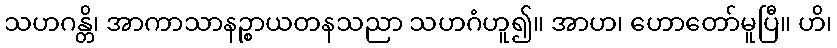
သဟဂန္တိ၊ အာကာသာနဉ္စာယတနသညာ သဟဂံဟူ၍။ အာဟ၊ ဟောတော်မူပြီ။ ဟိ၊